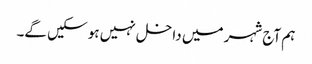
ہم آج شہر میں داخل نہیں ہو سکیں گے۔